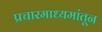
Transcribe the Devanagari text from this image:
प्रचारमाध्यमांतून